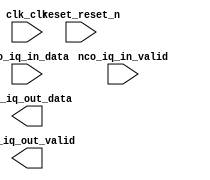

module NCO_IQ (
	clk_clk,
	nco_iq_in_valid,
	nco_iq_in_data,
	nco_iq_out_data,
	nco_iq_out_valid,
	reset_reset_n);	

	input		clk_clk;
	input		nco_iq_in_valid;
	input	[14:0]	nco_iq_in_data;
	output	[27:0]	nco_iq_out_data;
	output		nco_iq_out_valid;
	input		reset_reset_n;
endmodule